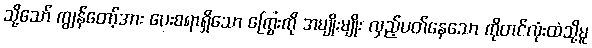
သို့သော် ကျွန်တော့်အား ပေးစရာရှိသော ကြွေးကို အမျိုးမျိုး လှည့်ပတ်နေသော ကိုတင်လုံးထံသို့မူ